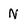
Character: N